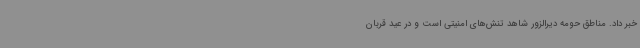
خبر داد. مناطق حومه دیرالزور شاهد تنش‌های امنیتی است و در عید قربان